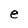
Character: e